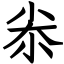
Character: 尜